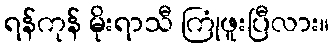
ရန်ကုန် မိုးရာသီ ကြုံဖူးပြီလား။